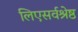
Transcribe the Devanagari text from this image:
लिएसर्वश्रेष्ठ